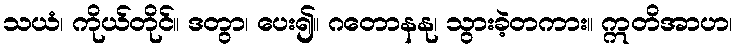
သယံ၊ ကိုယ်တိုင်။ ဒတွာ၊ ပေး၍။ ဂတောနနု၊ သွားခဲ့တကား။ ဣတိအာဟ၊